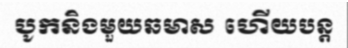
បូកនិងមួយឆមាស ហើយបន្ត